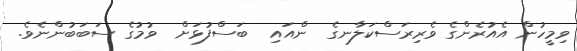
ވިމީހުން އެއުރެންގެ ވެރިރަސްކަލާނގެ  ންއައި  ބަސްފުޅަށް  ވުމުގެ ސަބަބުންނެވެ.